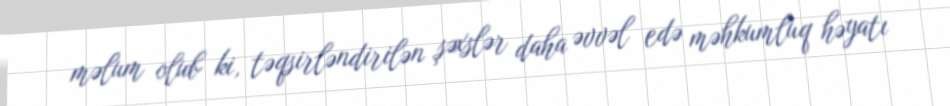
məlum olub ki, təqsirləndirilən şəxslər daha əvvəl edə məhkumluq həyatı